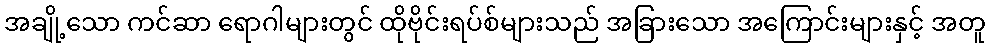
အချို့သော ကင်ဆာ ရောဂါများတွင် ထိုဗိုင်းရပ်စ်များသည် အခြားသော အကြောင်းများနှင့် အတူ